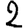
Digit: 2